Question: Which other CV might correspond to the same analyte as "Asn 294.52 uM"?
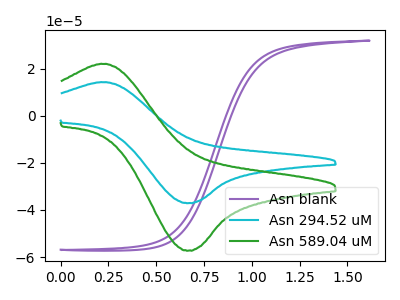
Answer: <think>The purple curve "Asn blank" has no peaks. The cyan curve "Asn 294.52 uM" has an anodic peak at (0.20V, 14.25uA) and a cathodic peak at (0.65V, -37.10uA). The green curve "Asn 589.04 uM" has an anodic peak at (0.20V, 22.00uA) and a cathodic peak at (0.65V, -57.25uA).
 "Asn blank" and "Asn 294.52 uM" have a different number of peaks. "Asn blank" and "Asn 589.04 uM" have a different number of peaks. All the peaks in "Asn 294.52 uM" have a peak in "Asn 589.04 uM" at the same potential. Every peak in "Asn 294.52 uM" is lower than every peak in "Asn 589.04 uM".</think>
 <answer>The CV with the most similar shape to "Asn 589.04 uM" is "Asn 294.52 uM".</answer>
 <eval>"Asn 294.52 uM"</eval>